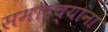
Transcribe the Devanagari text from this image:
समोरच्यांना